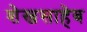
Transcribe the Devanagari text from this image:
शेखसाहेब